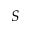
S